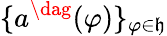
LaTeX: \{ a^{\dag}(\varphi)\} _{\varphi\in\mathfrak{h}}